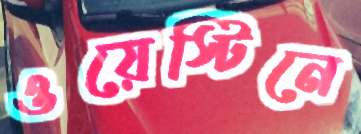
ওয়েস্টিনে